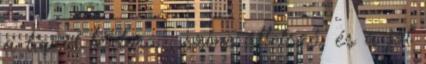
a liquid textúra , színe áttetsző, és a jól